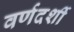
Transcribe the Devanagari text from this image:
वर्णदर्शी